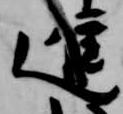
進